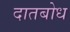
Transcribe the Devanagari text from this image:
दातबोध